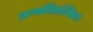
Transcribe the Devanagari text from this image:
ऊप्सलिएन्सिस